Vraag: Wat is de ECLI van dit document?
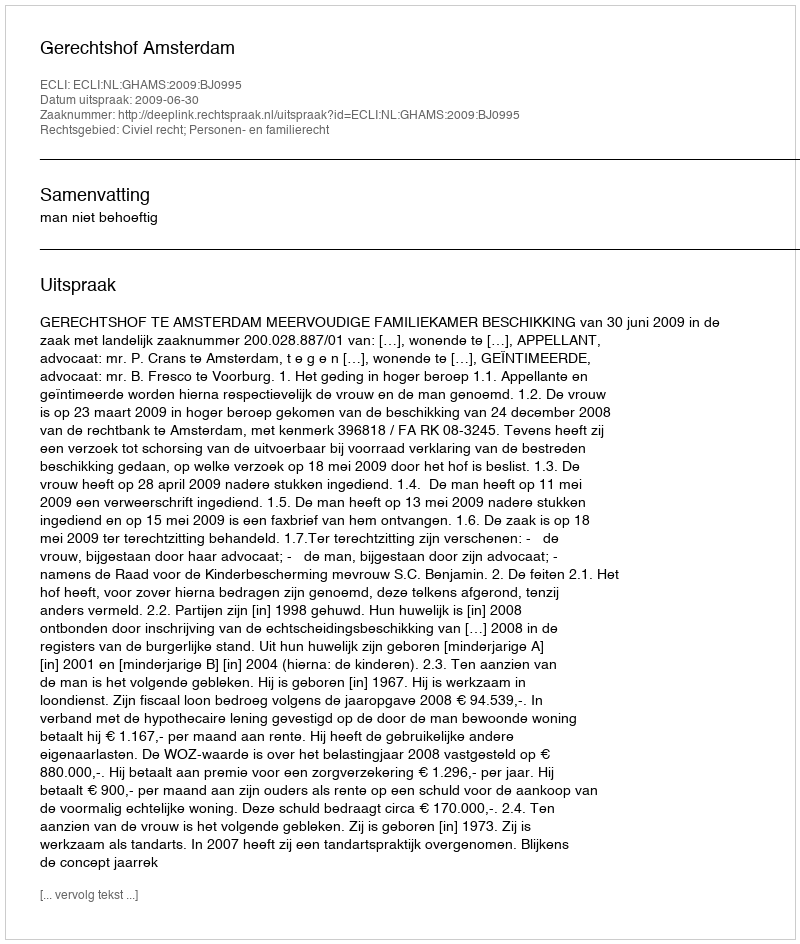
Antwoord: ECLI:NL:GHAMS:2009:BJ0995